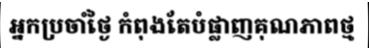
អ្នកប្រចាំថ្ងៃ កំពុងតែបំផ្លាញគុណភាពថ្ម